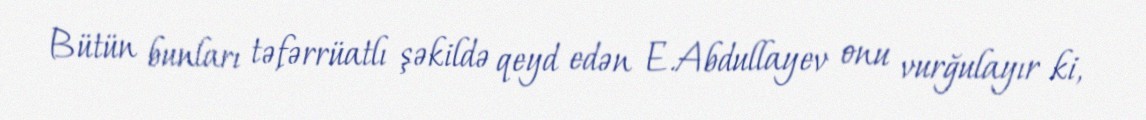
Bütün bunları təfərrüatlı şəkildə qeyd edən E.Abdullayev onu vurğulayır ki,